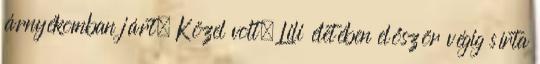
árnyékomban járt. Közel volt. Lili életében először végig sírta